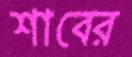
শাবের